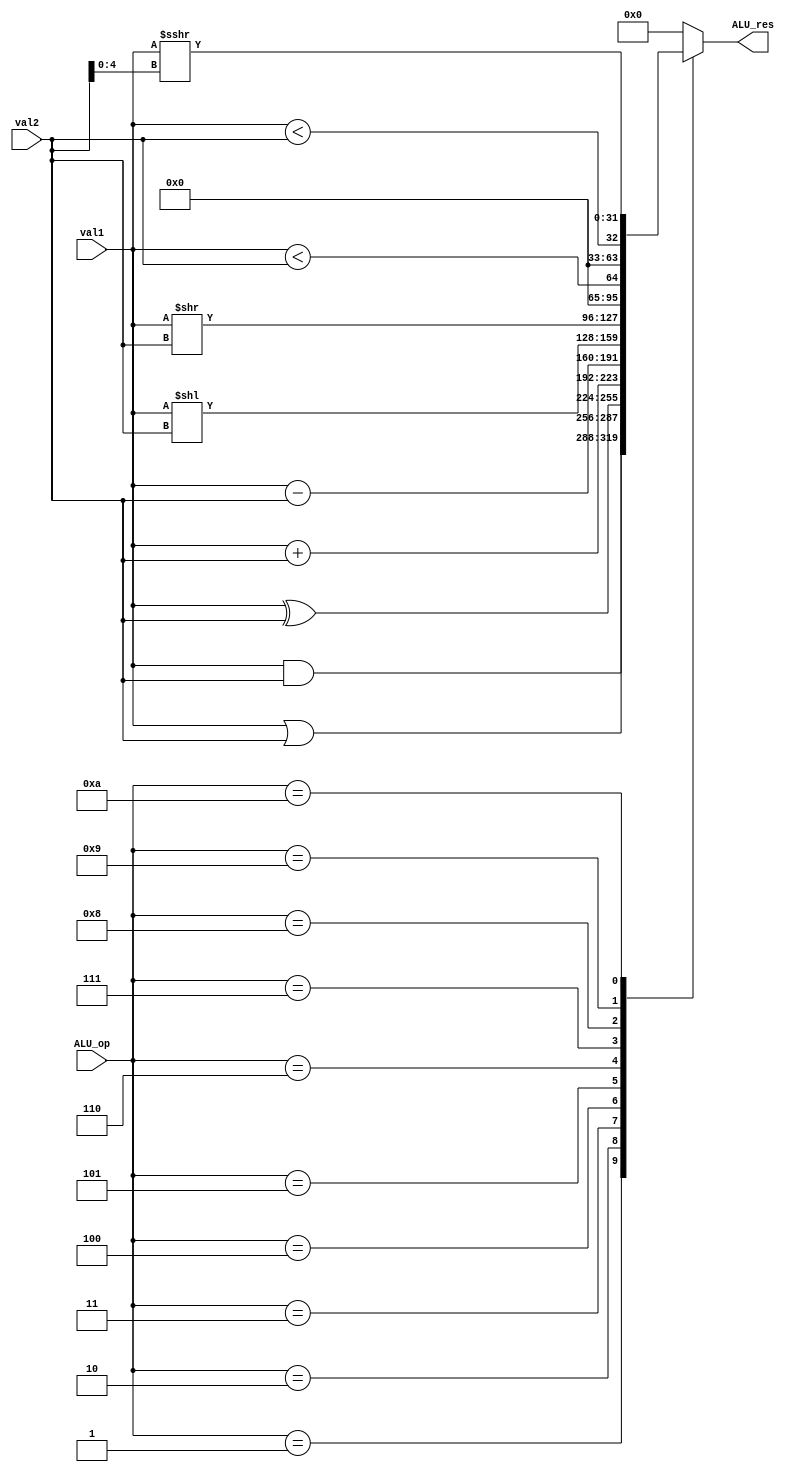
`timescale 1ns / 1ps
//////////////////////////////////////////////////////////////////////////////////
// Company: 
// Engineer: 
// 
// Design Name: 
// Module Name: ALU
// Project Name: 
// Target Devices: 
// Tool Versions: 
// Description: 
// 
// Dependencies: 
// 
// Revision:
// Revision 0.01 - File Created
// Additional Comments:
// 
//////////////////////////////////////////////////////////////////////////////////

module ALU(
input [3:0] ALU_op,
input [31:0] val1, val2,
output[31:0] ALU_res
//,output zero
    );
    
    reg [31:0] result;
    assign ALU_res = result;
    always @(*) begin
    case(ALU_op)
        4'b0001:
            result = val1 & val2;  //AND
        4'b0010:
            result = val1 | val2;  //OR
        4'b0011:
            result = val1 ^ val2;  //XOR
        4'b0100:
            result = val1 + val2;  //ADD
        4'b0101:
            result = val1 - val2;   //SUB
        4'b0110:
            result = val1 << val2; //SLL
        4'b0111:
            result = val1 >> val2; //SRL
        4'b1000:
            result = val1 < val2; //LTU
        4'b1001:
            result = $signed(val1) < $signed(val2); //LT
        4'b1010:    //SRA
            result = $signed(val1) >>> val2[4:0];
        default:
            result = 32'd0;
            
        endcase
    end
    
endmodule